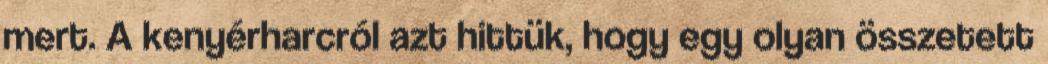
mert. A kenyérharcról azt hittük, hogy egy olyan összetett